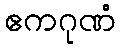
ဧကဂုဏံ